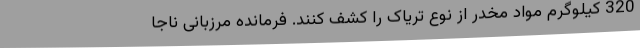
320 کیلوگرم مواد مخدر از نوع تریاک را کشف کنند. فرمانده مرزبانی ناجا